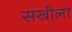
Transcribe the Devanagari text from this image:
सखीला